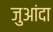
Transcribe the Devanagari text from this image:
जुआंदा